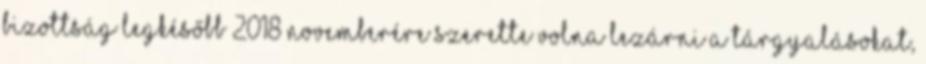
Bizottság legkésőbb 2018 novemberére szerette volna lezárni a tárgyalásokat,